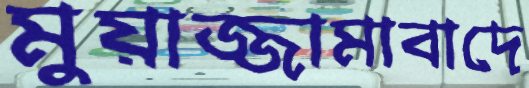
মুয়াজ্জামাবাদে